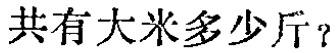
共有大米多少斤？